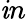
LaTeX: \mathit{i}n